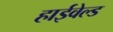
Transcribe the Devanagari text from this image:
हाईवेल्ड